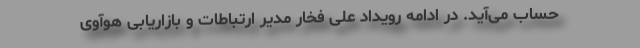
حساب می‌آید. در ادامه رویداد علی فخار مدیر ارتباطات و بازاریابی هوآوی